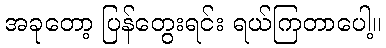
အခုတော့ ပြန်တွေးရင်း ရယ်ကြတာပေါ့။